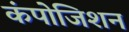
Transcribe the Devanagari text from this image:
कंपोजिशन